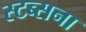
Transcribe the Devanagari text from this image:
स्टब्सना